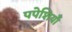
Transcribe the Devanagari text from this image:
पपेशियाँ